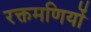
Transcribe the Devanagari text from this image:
रक्तमणियों